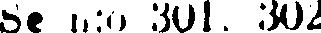
Se n:o 301. 302